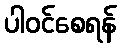
ပါဝင်စေရန်